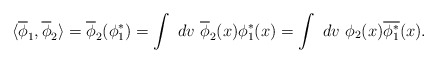
\begin{align*}\langle \overline{\phi}_1, \overline{\phi}_2 \rangle= \overline{\phi}_2 (\phi_1^* ) = \int \ dv \ \overline{\phi}_2(x) \phi_1^*(x)= \int \ dv \ \phi_2(x) \overline{\phi_1^*}(x).\end{align*}